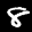
Label: 8